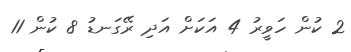
2 ކުން ހަވީރު 4 އަކަށް އަދި ރޭގަނޑު 8 ކުން 11